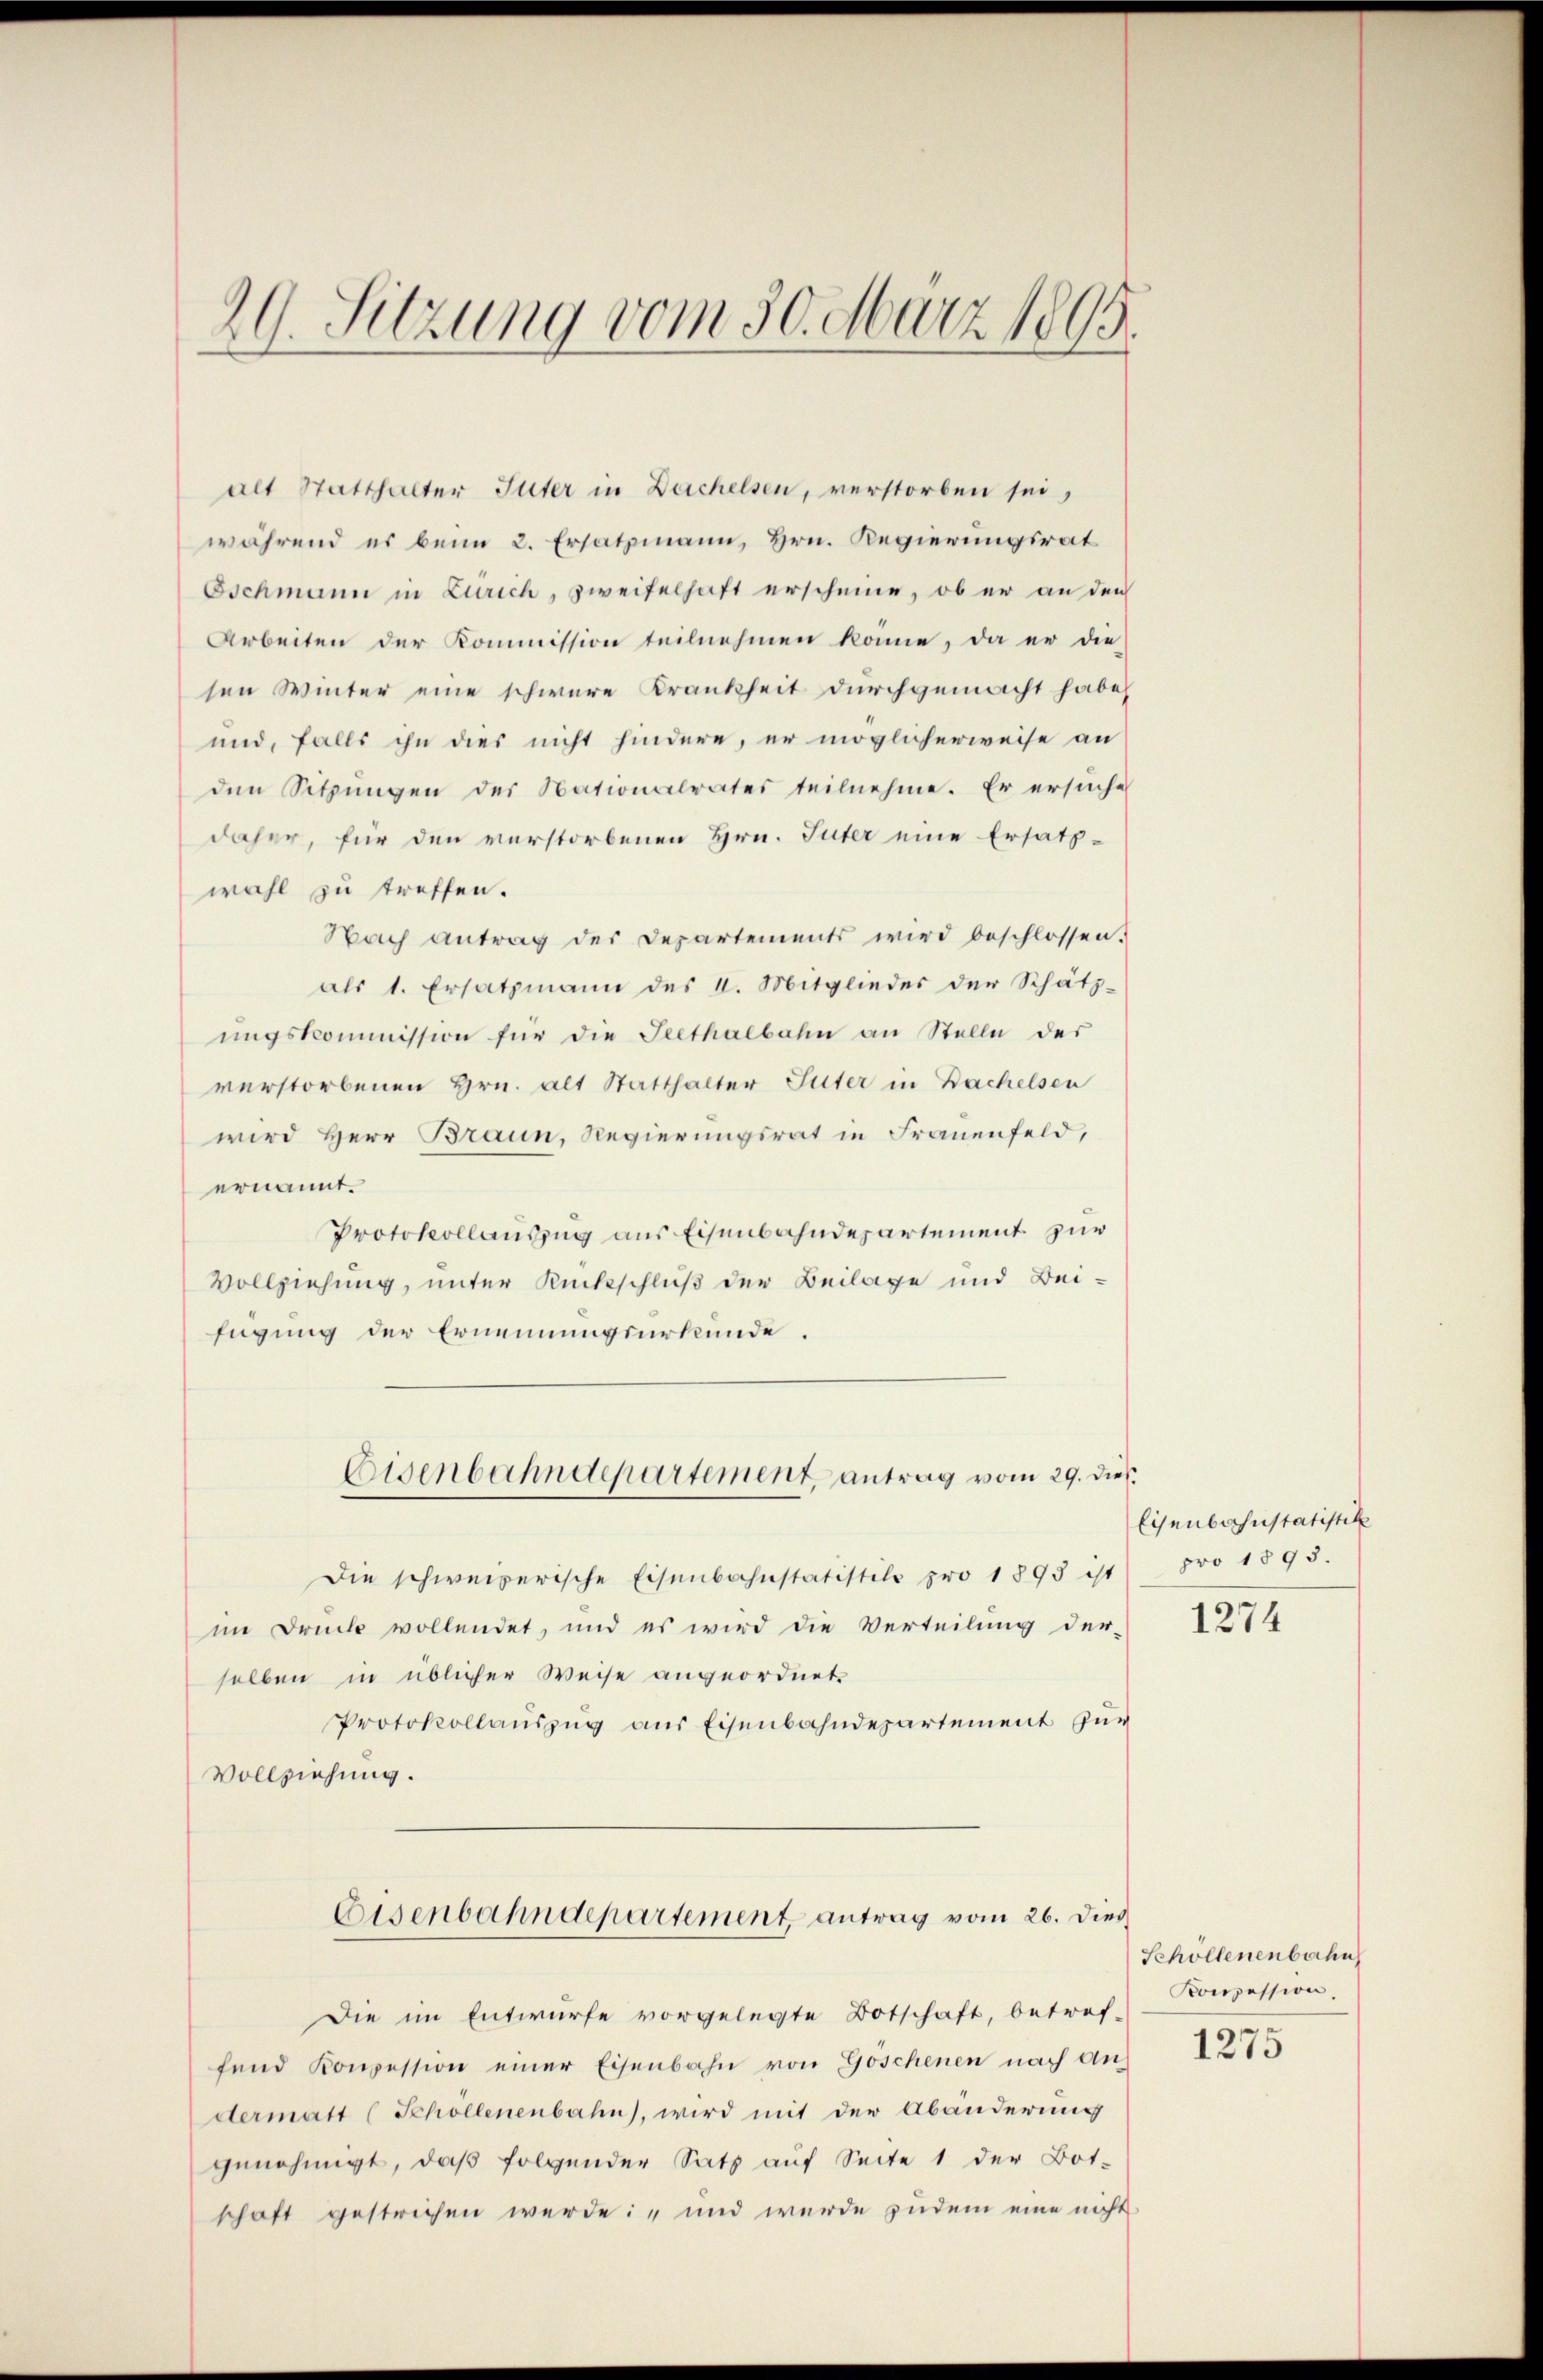
20. Sitzung vom 30. März 1895.

alt Statthalter Güter in Dachelsen, verstorben sei,
während es beim 2. Ersatzmann, Hrn. Regierungsrat
Oschmann in Zürich, zweifelhaft erscheine, ob er an den
Arbeiten der Kommission teilnehmen könne, da er die
sen Winter eine schwere Krankheit durchgemacht habe,
und, falls ihn dies nicht hindere, er möglicherweise an
den Sitzungen des Nationalrates teilnehme. Er ersuche
daher, für den verstorbenen Hrn. Suter eine Ersatz-
wohl zu treffen.
Nach antrag der Departements wird beschlossen.
als 1. Ersatzmann des I. Mitglieder der Schätz-
ŭngskommission für die Seethalbahn an Stelle der
verstorbenen Hrn. alt Statthalter Suter in Bachelsen
wird Herr Braun, Regierungsrat in Frauenfeld,
ernannt.
Protokollauszug aus Eisenbahndepartement zur
Vollziehung, unter Rückschluß der Beilage und Bei-
fügung der Ernennungsurkunde,
Eisenbahndepartement, antrag vom 29. dies
Die schweizerische Eisenbahnstatistike pro 1893 ist pro 1893.
im Druck vollendet, und es wird die Verteilung der-
selben in üblicher Weise angeordnete
Protokollauszug aus Eisenbahndepartement zur
Vollziehung.
Eisenbahndepartement antrag vom 26. Dies
Die im Entwurfe vorgelegte Botschaft, betref-
fend Konzession einer Eisenbahn von Göschenen nach andermatt (Schollenenbahn, wird mit der Abänderung
genehmigt, daß folgender Satz auf Seite 1 der Bot-
schaft gestrichen werde: „und wurde zudem eine nicht

Eisenbahnstatistik

1274

Schöllenenbahn
Konzession

1275